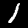
Digit: 1